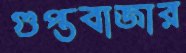
গুপ্তবাজার